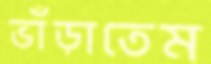
ভাঁড়াতেম